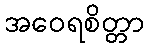
အဝေရစိတ္တာ